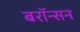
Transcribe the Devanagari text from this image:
बरॉन्सन